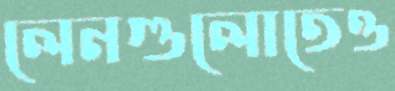
লেনগুলোতেও